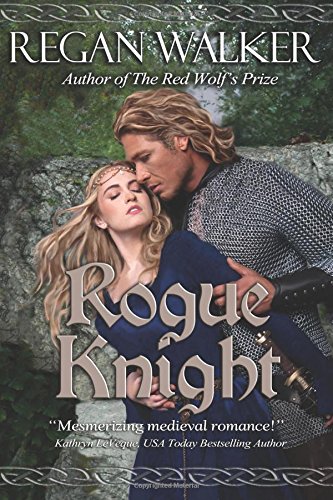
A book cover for Rogue Knight (Medieval Warriors) (Volume 2); Regan Walker; Romance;